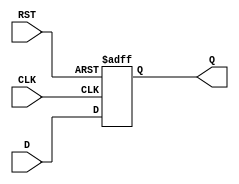
module IntermediateRegister (
    input wire D,         // Data Input
    input wire CLK,       // Clock Signal
    input wire RST,       // Reset Signal
    output reg Q          // Data Output
);

// Asynchronous reset and clocked data capture
always @(posedge CLK or posedge RST) begin
    if (RST) begin
        Q <= 1'b0;       // Reset the output to 0
    end else begin
        Q <= D;          // Capture the input data on the rising edge of the clock
    end
end

endmodule